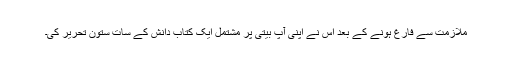
ملازمت سے فارغ ہونے کے بعد اس نے اپنی آپ بیتی پر مشتمل ایک کتاب دانش کے سات ستون تحریر کی۔